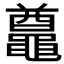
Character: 𪓵